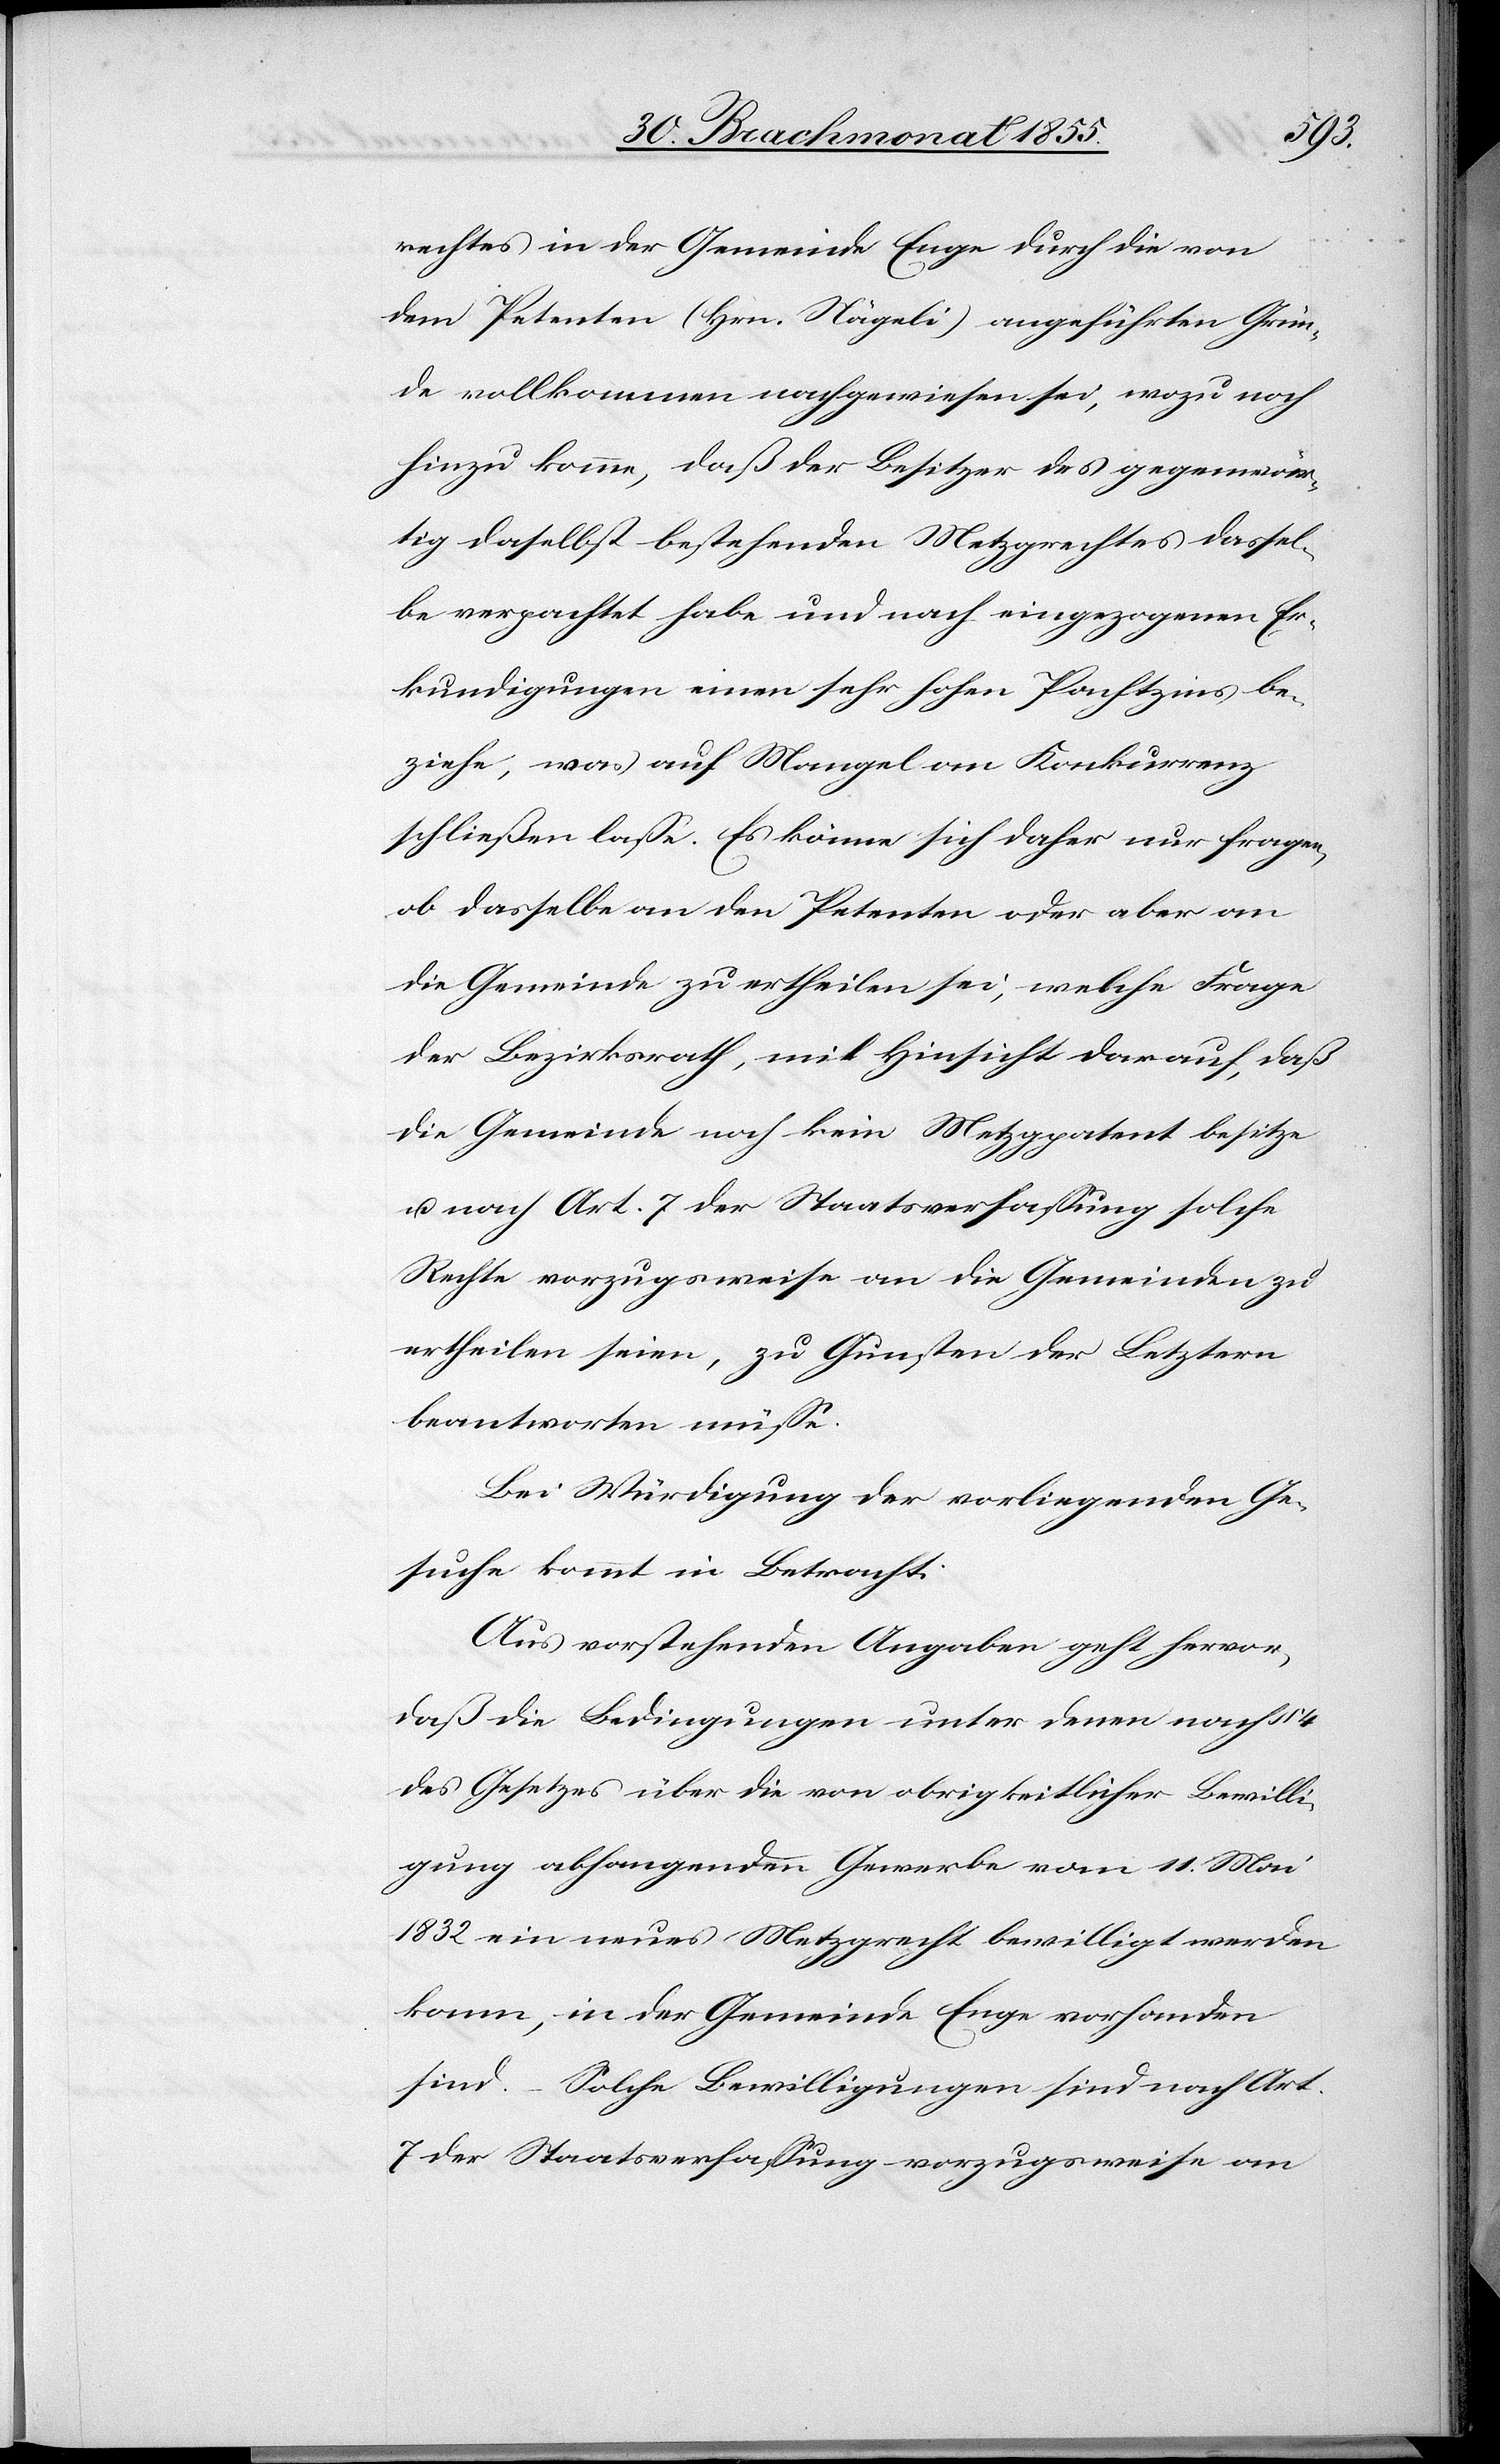
rechtes in der Gemeinde Enge durch die von
dem Petenten (Hrn. Nägeli) angeführten Grün¬
de vollkommen nachgewiesen sei, wozu noch
hinzu komme, daß der Besitzer des gegenwär¬
tig daselbst bestehenden Metzgrechtes dassel¬
be verpachtet habe und nach eingezogenen Er¬
kundigungen einen sehr hohen Pachtzins be¬
ziehe, was auf Mangel an Konkurrenz
schließen lasse. Es könne sich daher nur fragen,
ob dasselbe an den Petenten oder aber an
die Gemeinde zu ertheilen sei, welche Frage
der Bezirksrath, mit Hinsicht darauf, daß
die Gemeinde noch kein Metzgpatent besitze
u. nach Art. 7 der Staatsverfassung solche
Rechte vorzugsweise an die Gemeinden zu
ertheilen seien, zu Gunsten der Letztern
beantworten müsse.
Bei Würdigung der vorliegenden Ge¬
suche kommt in Betracht:
Aus vorstehenden Angaben geht hervor,
daß die Bedingungen unter denen nach
des Gesetzes über die von obrigkeitlicher Bewilli¬
gung abhangenden Gewerbe vom 11. Mai
1832 ein neues Metzgrecht bewilligt werden
kann, in der Gemeinde Enge vorhanden
sind. – Solche Bewilligungen sind nach Art.
7 der Staatsverfassung vorzugsweise an